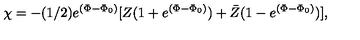
\chi = - ( 1 / 2 ) e ^ { ( \Phi - \Phi _ { 0 } ) } [ Z ( 1 + e ^ { ( \Phi - \Phi _ { 0 } ) } ) + \bar { Z } ( 1 - e ^ { ( \Phi - \Phi _ { 0 } ) } ) ] ,